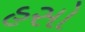
હસો